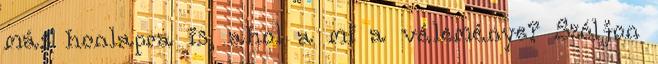
más honlapra is, ahol a mi a véleménye? Szóljon